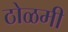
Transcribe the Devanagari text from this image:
ठोळमी